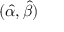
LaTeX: ( { \hat { \alpha } } , { \hat { \beta } } )